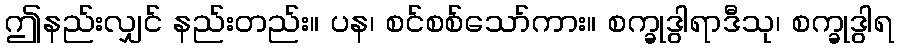
ဤနည်းလျှင် နည်းတည်း။ ပန၊ စင်စစ်သော်ကား။ စက္ခုဒွါရာဒီသု၊ စက္ခုဒွါရ